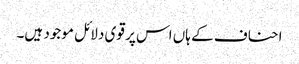
احناف کے ہاں اس پر قوی دلائل موجود ہیں۔